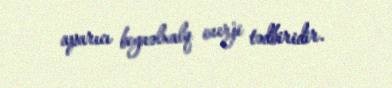
aparıcı beynəlxalq enerji tədbiridir.